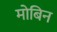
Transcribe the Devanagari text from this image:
मोबिन